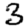
Digit: 3